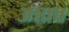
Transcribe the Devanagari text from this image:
अन्नान्न